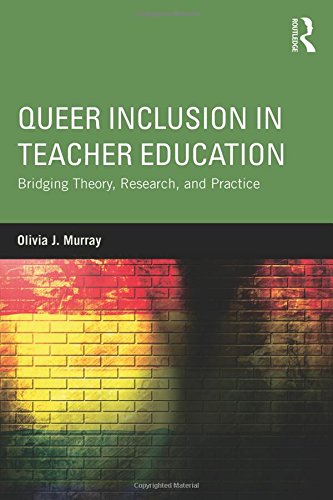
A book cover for Queer Inclusion in Teacher Education: Bridging Theory, Research, and Practice; Olivia J. Murray; Gay & Lesbian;